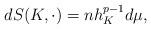
LaTeX: \begin{align*}dS(K,\cdot)=nh_K^{p-1}d\mu,\end{align*}